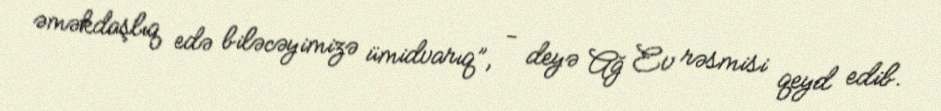
əməkdaşlıq edə biləcəyimizə ümidvarıq”, - deyə Ağ Ev rəsmisi qeyd edib.